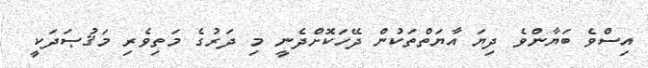
އިސްވެ ބަޔާންވެ ދިޔަ އާޔަތްތަކުން ދޭހަކޮށްދެނީ މި ދަރުގެ މަތިވެރި މަޤުޞަދަކީ